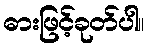
ဓားဖြင့်ခုတ်ပါ။